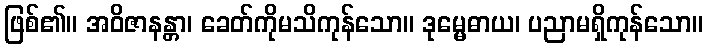
ဖြစ်၏။ အဝိဇာနန္တာ၊ ခေတ်ကိုမသိကုန်သော။ ဒုမ္မေဓာယ၊ ပညာမရှိကုန်သော။